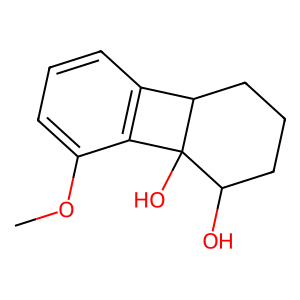
SMILES: COc1cccc2c1C1(O)C(O)CCCC21
Inhibits HIV replication: No